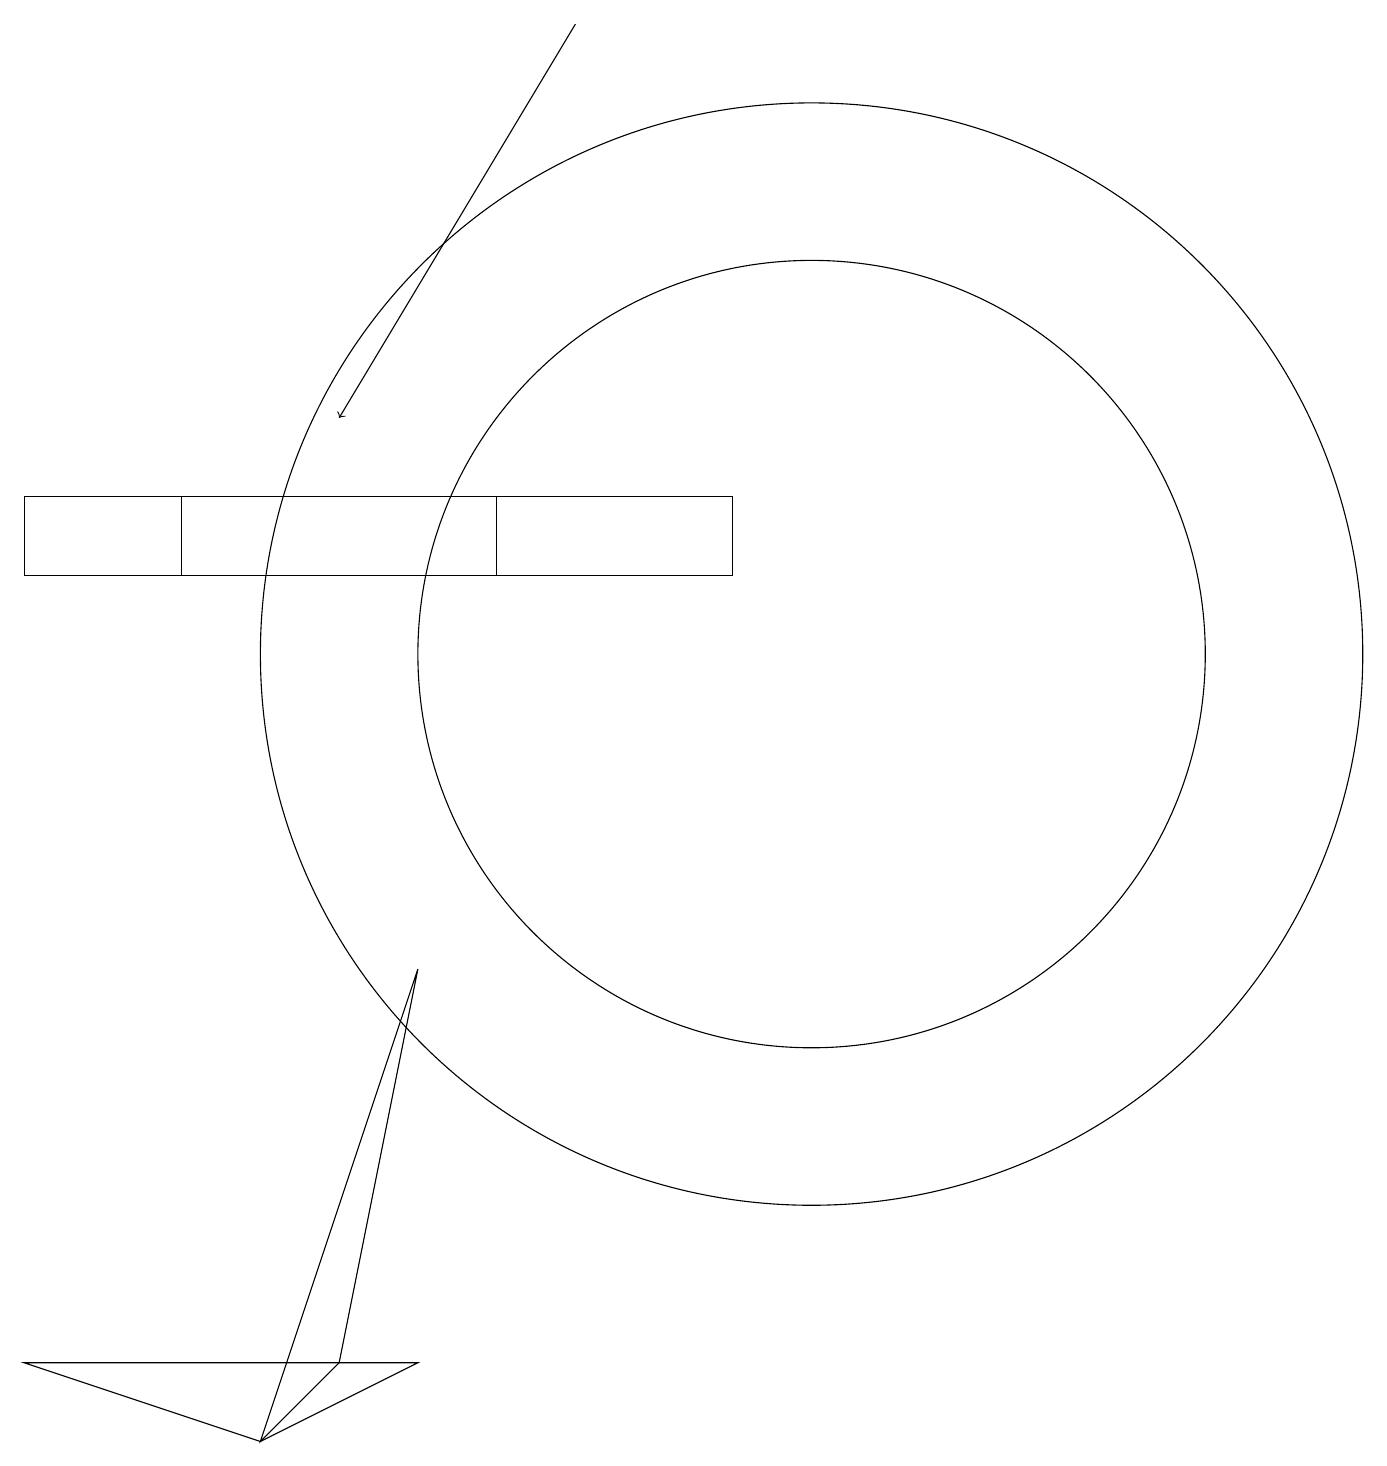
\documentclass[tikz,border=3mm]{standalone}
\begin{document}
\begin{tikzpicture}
\draw (10,10) circle (5);
\draw (2,11) rectangle (9,12);
\draw (6,12) rectangle (0,11);
\draw[->] (7,18) -- (4,13);
\draw (10,10) circle (7);
\draw (5,1) -- (0,1) -- (3,0) -- cycle;
\draw (4,1) -- (3,0) -- (5,6) -- cycle;
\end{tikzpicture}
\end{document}